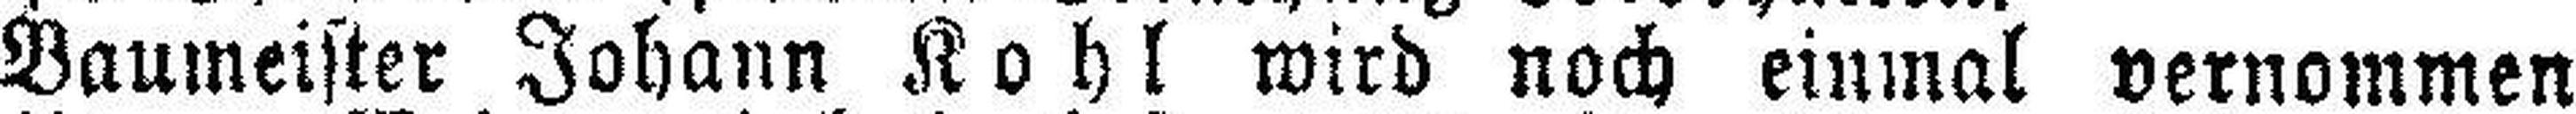
Baumeister Johann Kohl wird noch einmal vernommen